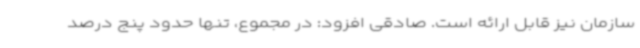
سازمان نیز قابل ارائه است. صادقی افزود: در مجموع، تنها حدود پنج درصد